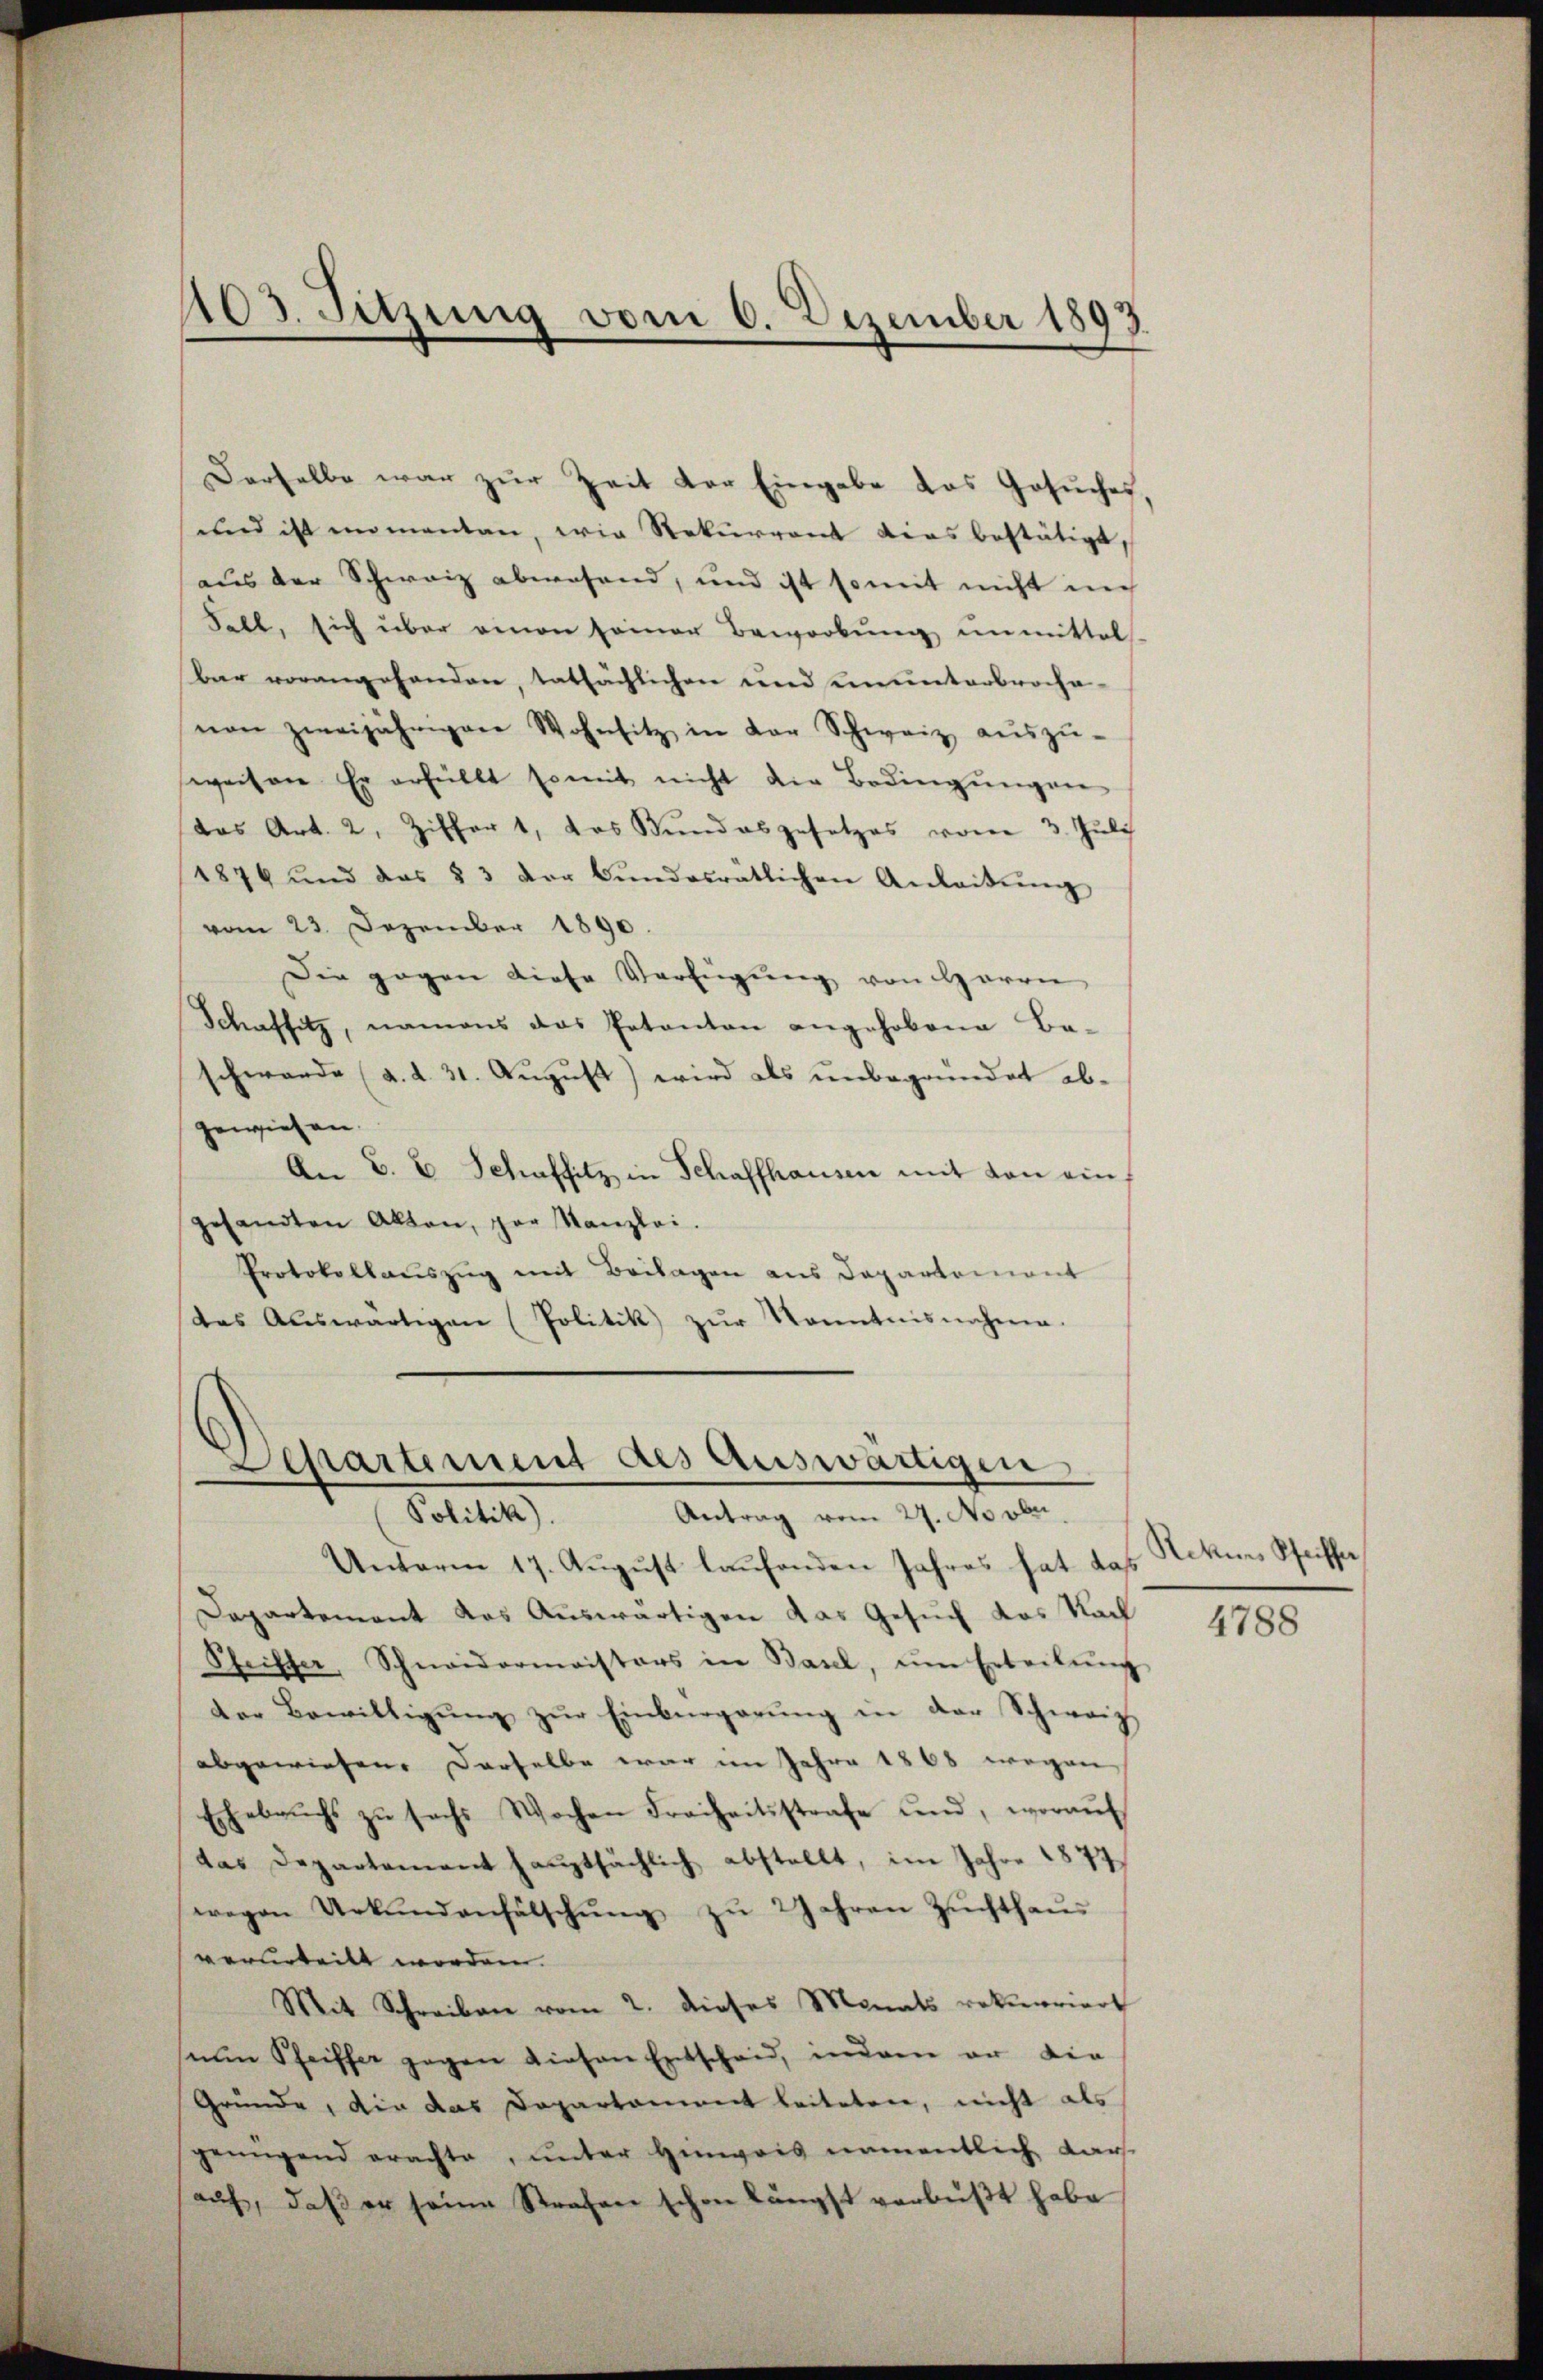
403. Sitzung vom 6. Dezember 1893

Derselbe war zur Zeit der Eingabe das Gesuches,
und ist momentan, wie Rekurrent ders bestätigt,
aus der Schweiz abwesend, und ist somit nicht in
Felt, sich über einen seiner Bewerbŭng ŭnmittel
bar vorangehanden, tatsächlichen und ununterbrochenen zweijährigen Wohnsitz in der Schweiz aŭszŭ-
weisen Er erfüllt somit nicht die Bedingŭngen
das Art. 2, Ziffert, das Bundesgesetzes vom 3. Juli
1874 und das § 3 der Bŭndesratlichen Anleitŭng
vom 23. Dezember 1890.
Die gegen diese Verfügŭng von Herrn
Schaffitz, namens das Patanton angehobene Be-
schwerde (a. d. 31. August) wird als unbegründet abgewiesen.
An C. u Schaffitz in Schaffhausen mit von ein
gesandten Akten, par Kanzlei.
Protokollauszug mit Beilagen aus Departement
das Aŭswärtigen (Politik zŭr Kenntnisnahme.

epartement des Auswärtigen
Totte
Antrag vom 27. Novbr.

Unterm 17. August laufenden Jahres hat das
Departement das Auswärtigen das Gesuch das Sach
Schriffer, Schneidermaisters in Basel, ŭm Erteilŭng
der Bewilligŭng zŭr Einbürgerŭng in der Schweiz
abgewiesen. Derselbe war im Jahre 1868 wegen
Ehebaŭchs zŭ sechs Wochen Freiheitsstrafe und, woraŭf
das Departement haŭptsächlich abstellt, im Jahre 1877
wegen Urkundenfälschŭng zŭ 2 Jahren Zŭchthaŭs
verurteilt worden.
Mit Schreiben vom 2. dieses Monats rekurriert
nŭn Pfeiffer gegen diesen Entscheid, inderen er die
Gründe, die das Departament leiteten, nicht als
genügend erachte, unter Hinweis namentlich Kars
aŭf, daß er seine Strafen schon längst verbüßt habe

Rekurs Pfeiffer

4788